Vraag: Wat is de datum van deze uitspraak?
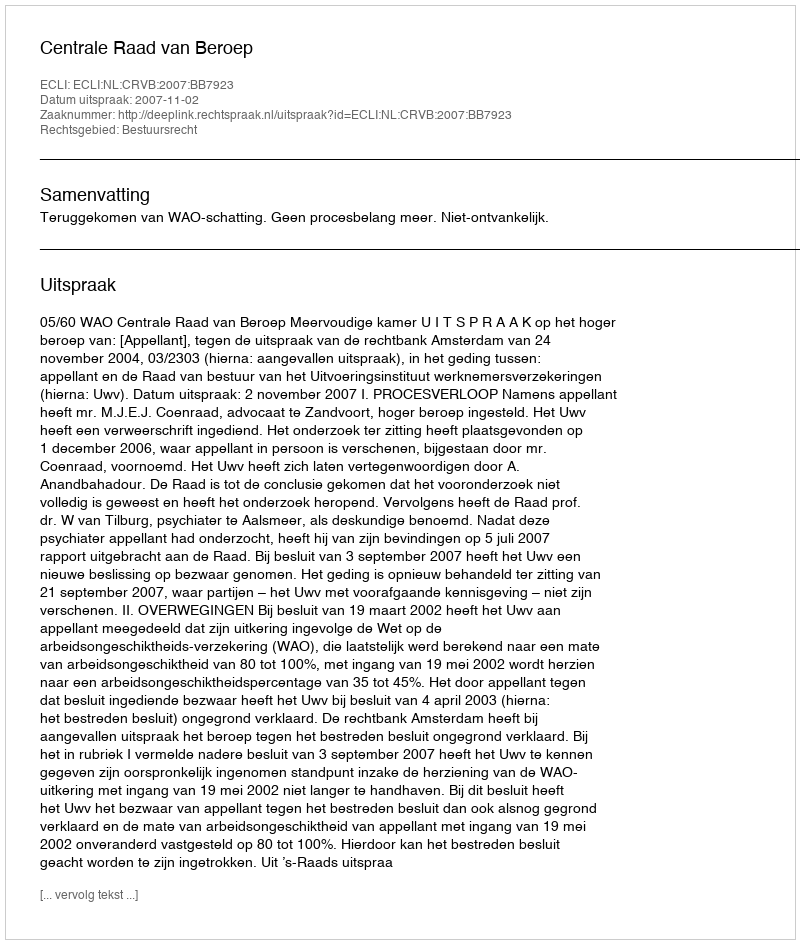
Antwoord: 2007-11-02